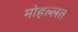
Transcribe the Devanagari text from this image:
मोहल्लत